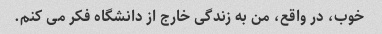
خوب، در واقع، من به زندگی خارج از دانشگاه فکر می کنم.